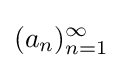
(a_{n})_{n=1}^{\infty }